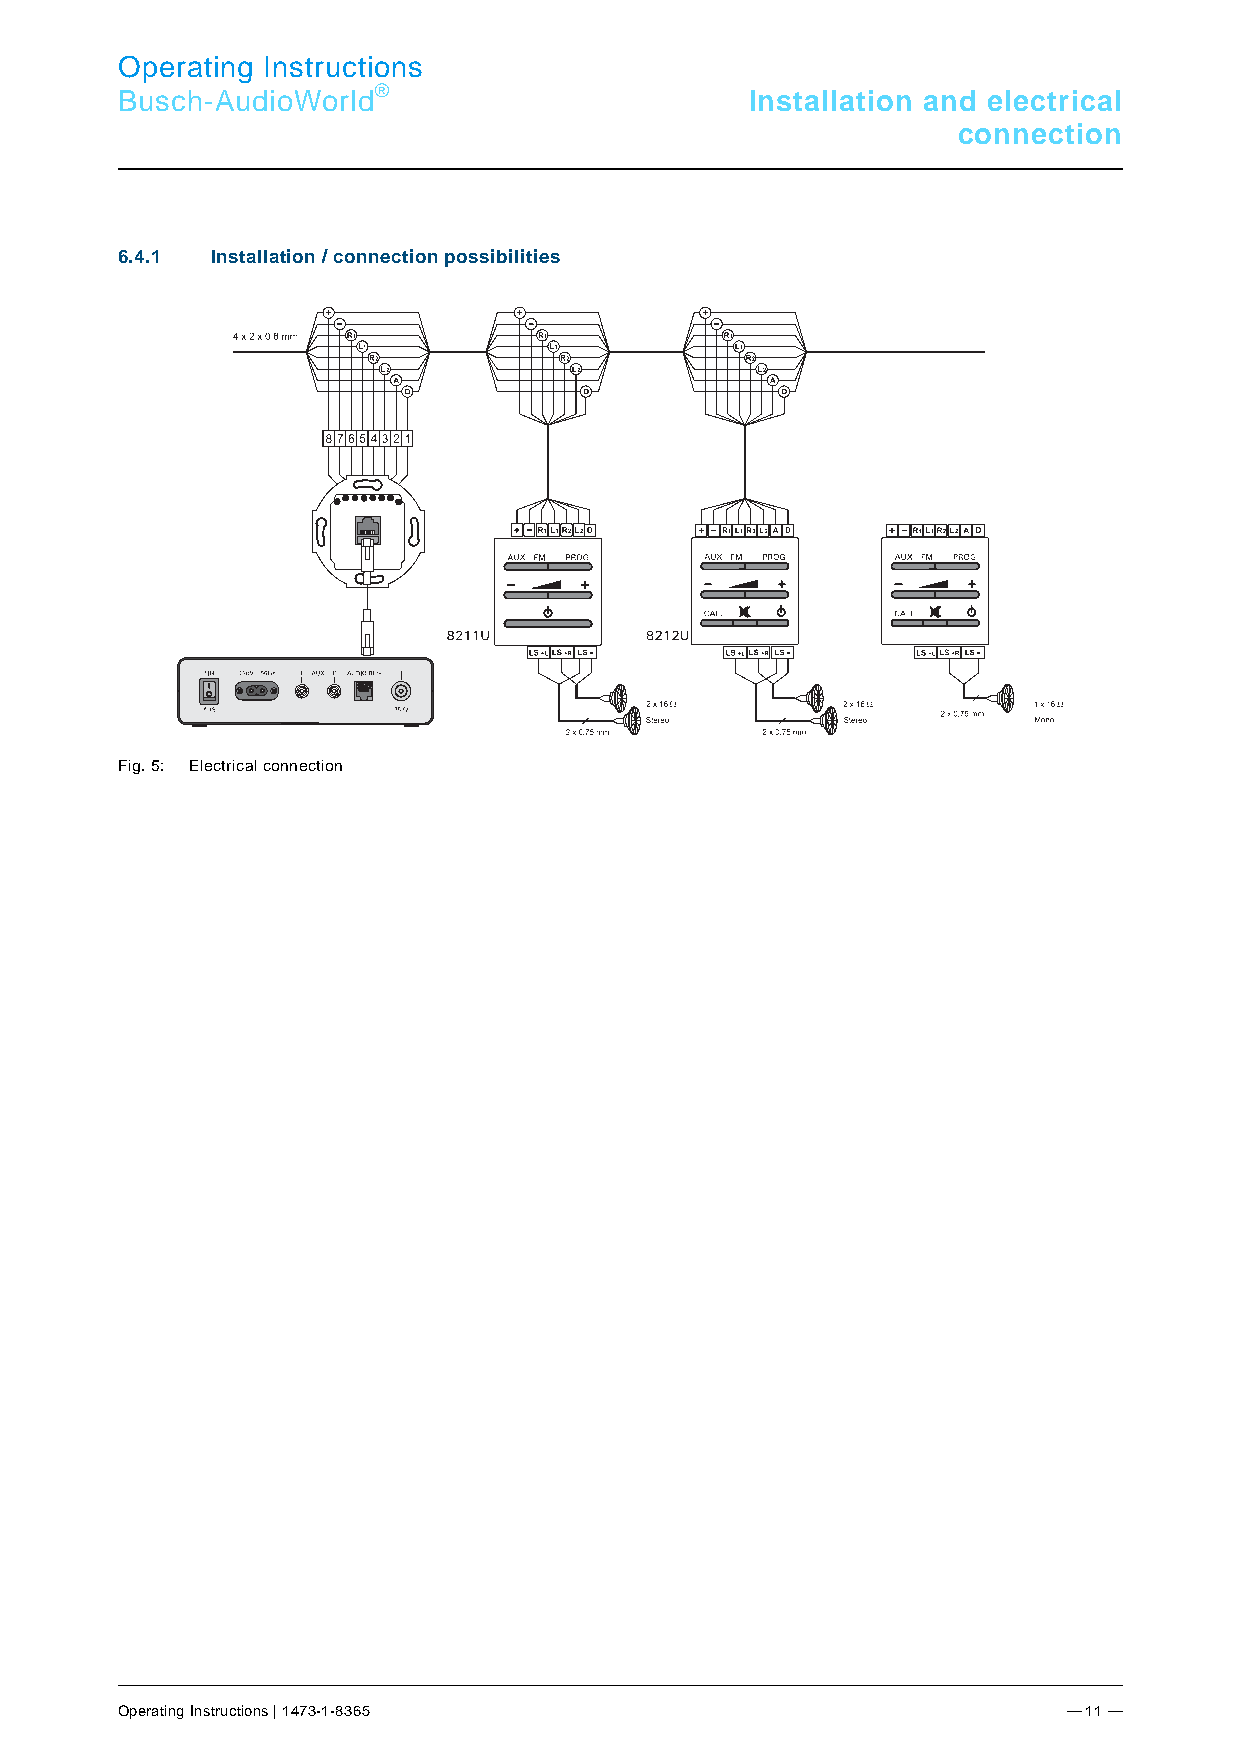
Operating Instructions
 Busch-AudioWorld®                         Installation and electrical
 connection
 P 6os: 45 /#Ne.ustruk4tur#/Online.-Doku1mentation (+ KNX)/Anschluss/AudioVideo/Installations-/ AnschlussImöglinchkeiten - 821s1 / 8212 @t 34\moad_13621250l09607l_15.daocx @ 2841t36 @ 2i22 @ o1 n / connection possibilities
 Fig. 5: Electrical connection
 === Ende der Liste für Textmarke Content ===
 Operating Instructions | 1473-1-8365                           — 11 —